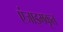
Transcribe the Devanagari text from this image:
एंजाइमकृत